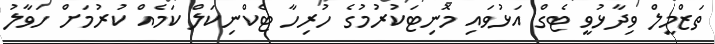
ތަޒްމީލް ވިދާޅުވީ ޓެގް އަޅުވައި މޮނިޓަކުރުމުގެ ހުރިހާ ޓެކްނިކަލް ކަމެއް ކުރުމަށް ހަވާލު